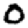
Digit: 0